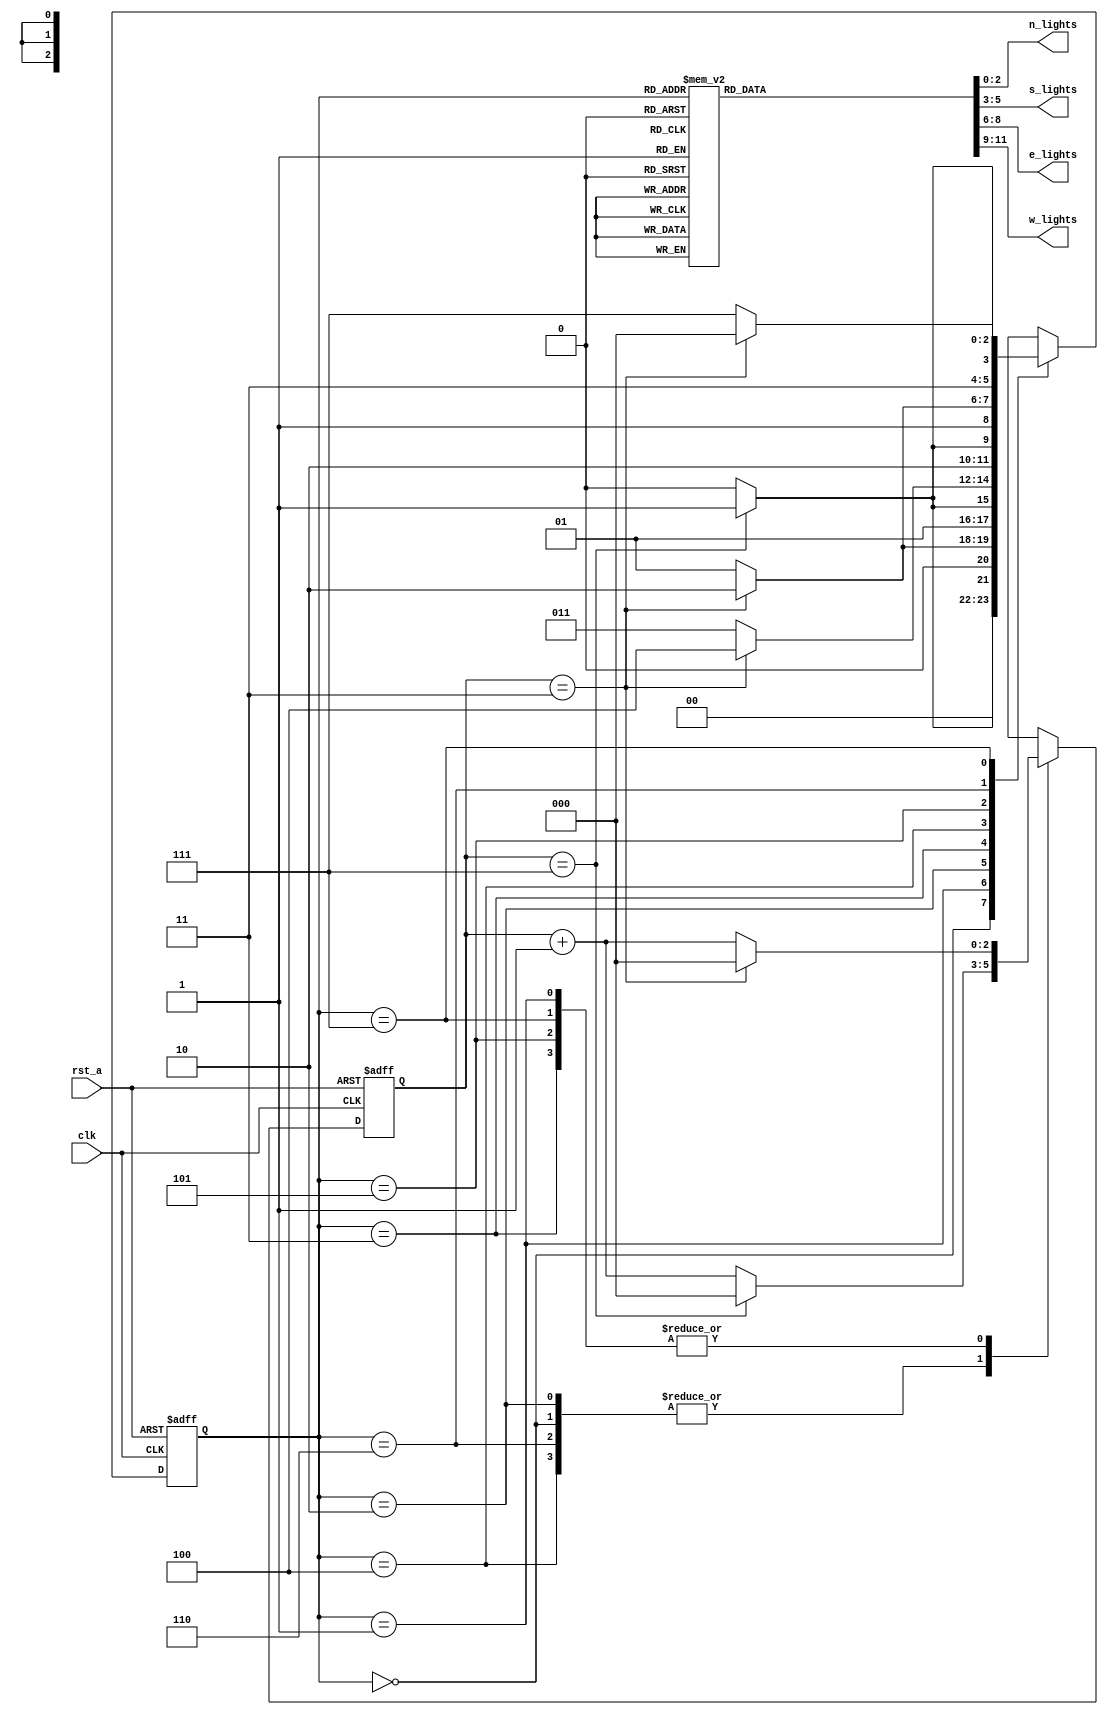
module traffic_control(n_lights,s_lights,e_lights,w_lights,clk,rst_a);

   output reg [2:0] n_lights,s_lights,e_lights,w_lights; 
   input      clk;
   input      rst_a;
 
   reg [2:0] state;
 
   parameter [2:0] north=3'b000;
   parameter [2:0] north_y=3'b001;
   parameter [2:0] south=3'b010;
   parameter [2:0] south_y=3'b011;
   parameter [2:0] east=3'b100;
   parameter [2:0] east_y=3'b101;
   parameter [2:0] west=3'b110;
   parameter [2:0] west_y=3'b111;

   reg [2:0] count;
 

   always @(posedge clk, posedge rst_a)
     begin
        if (rst_a)
            begin
              state=north;
                count =3'b000;
            end
        else
            begin
                case (state)
                north :
                    begin
                        if (count==3'b111)
                            begin
                            count=3'b000;
                            state=north_y;
                            end
                        else
                            begin
                            count=count+3'b001;
                            state=north;
                            end
                    end

                north_y :
                    begin
                        if (count==3'b011)
                            begin
                            count=3'b000;
                            state=south;
                            end
                        else
                            begin
                            count=count+3'b001;
                            state=north_y;
                        end
                    end
                   south :
                    begin
                        if (count==3'b111)
                            begin
                            count=3'b0;
                            state=south_y;
                            end
                        else
                            begin
                            count=count+3'b001;
                            state=south;
                        end
                    end

            south_y :
                begin
                    if (count==3'b011)
                        begin
                        count=3'b0;
                        state=east;
                        end
                    else
                        begin
                        count=count+3'b001;
                        state=south_y;
                        end
                    end

            east :
                begin
                    if (count==3'b111)
                        begin
                        count=3'b0;
                          state=east_y;
                        end
                    else
                        begin
                        count=count+3'b001;
                        state=east;
                        end
                    end

            east_y :
                begin
                    if (count==3'b011)
                        begin
                        count=3'b0;
                        state=west;
                        end
                    else
                        begin
                        count=count+3'b001;
                        state=east_y;
                        end
                    end

            west :
                begin
                    if (count==3'b111)
                        begin
                        state=west_y;
                        count=3'b0;
                        end
                  else
                        begin
                        count=count+3'b001;
                        state=west;
                        end
                    end

            west_y :
                begin
                    if (count==3'b011)
                        begin
                        state=north;
                        count=3'b0;
                        end
                    else
                        begin
                        count=count+3'b001;
                        state=west_y;
                        end
                    end
            endcase // case (state)
        end // always @ (state)
    end 


always @(state)
     begin
         case (state)
            north :
                begin
                    n_lights = 3'b001;
                    s_lights = 3'b100;
                    e_lights = 3'b100;
                    w_lights = 3'b100;
                   end // case: north

            north_y :
                begin
                    n_lights = 3'b010;
                    s_lights = 3'b100;
                    e_lights = 3'b100;
                    w_lights = 3'b100;
                end // case: north_y

            south :
                begin
                    n_lights = 3'b100;
                    s_lights = 3'b001;
                    e_lights = 3'b100;
                    w_lights = 3'b100;
                end // case: south

            south_y :
                begin
                    n_lights = 3'b100;
                    s_lights = 3'b010;
                    e_lights = 3'b100;
                    w_lights = 3'b100;
                end // case: south_y

            west :
                begin
                    n_lights = 3'b100;
                    s_lights = 3'b100;
                    e_lights = 3'b100;
                    w_lights = 3'b001;
                end // case: west

            west_y :
                begin
                    n_lights = 3'b100;
                    s_lights = 3'b100;
                    e_lights = 3'b100;
                    w_lights = 3'b010;
                end // case: west_y

            east :
                begin
                    n_lights = 3'b100;
                    s_lights = 3'b100;
                    e_lights = 3'b001;
                    w_lights = 3'b100;
                end // case: east

            east_y :
                begin
                    n_lights = 3'b100;
                    s_lights = 3'b100;
                    e_lights = 3'b010;
                    w_lights = 3'b100;
                end // case: east_y
            endcase // case (state)
     end // always @ (state)
endmodule